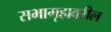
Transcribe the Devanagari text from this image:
सभागृहावरील